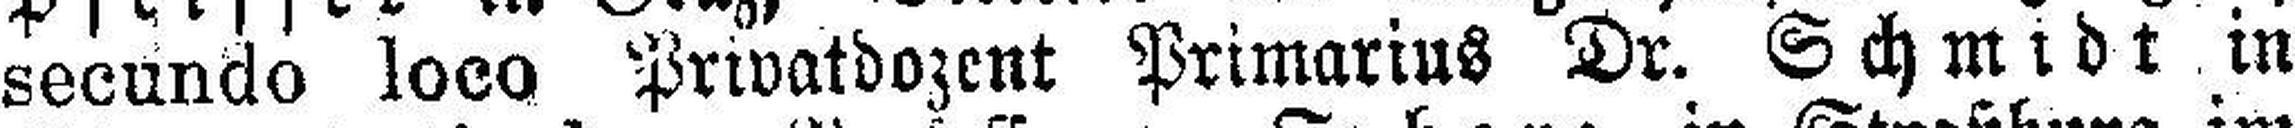
secundo loco Privatdozent Primarius Dr. Schmidt in